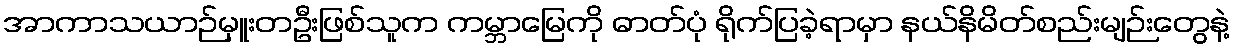
အာကာသယာဉ်မှူးတဦးဖြစ်သူက ကမ္ဘာမြေကို ဓာတ်ပုံ ရိုက်ပြခဲ့ရာမှာ နယ်နိမိတ်စည်းမျဉ်းတွေနဲ့